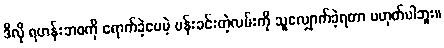
ဒီလို ရဟန်းဘဝကို ရောက်ခဲ့ပေမဲ့ ပန်းခင်းတဲ့လမ်းကို သူလျှောက်ခဲ့ရတာ မဟုတ်ပါဘူး။